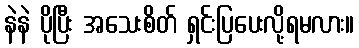
နဲနဲ ပိုပြီး အသေးစိတ် ရှင်းပြပေးလို့ရမလား။